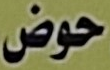
حوض